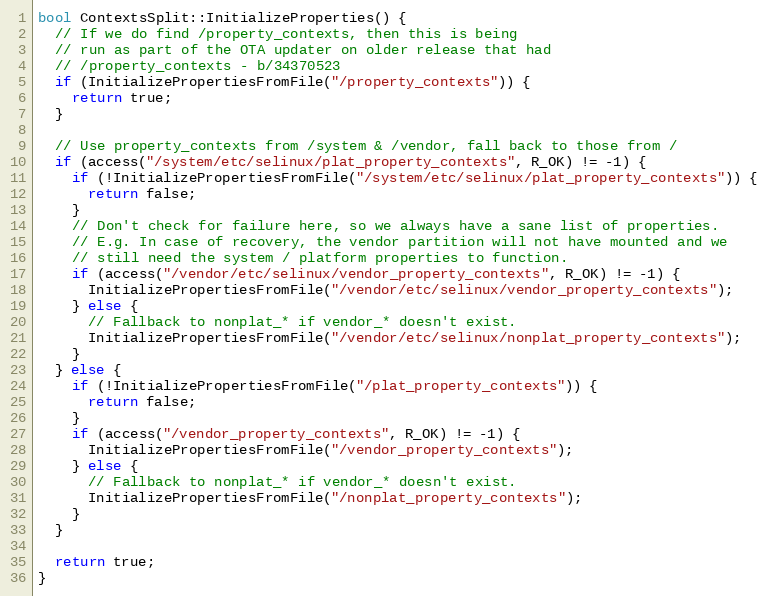
Language: C++
bool ContextsSplit::InitializeProperties() {
  // If we do find /property_contexts, then this is being
  // run as part of the OTA updater on older release that had
  // /property_contexts - b/34370523
  if (InitializePropertiesFromFile("/property_contexts")) {
    return true;
  }

  // Use property_contexts from /system & /vendor, fall back to those from /
  if (access("/system/etc/selinux/plat_property_contexts", R_OK) != -1) {
    if (!InitializePropertiesFromFile("/system/etc/selinux/plat_property_contexts")) {
      return false;
    }
    // Don't check for failure here, so we always have a sane list of properties.
    // E.g. In case of recovery, the vendor partition will not have mounted and we
    // still need the system / platform properties to function.
    if (access("/vendor/etc/selinux/vendor_property_contexts", R_OK) != -1) {
      InitializePropertiesFromFile("/vendor/etc/selinux/vendor_property_contexts");
    } else {
      // Fallback to nonplat_* if vendor_* doesn't exist.
      InitializePropertiesFromFile("/vendor/etc/selinux/nonplat_property_contexts");
    }
  } else {
    if (!InitializePropertiesFromFile("/plat_property_contexts")) {
      return false;
    }
    if (access("/vendor_property_contexts", R_OK) != -1) {
      InitializePropertiesFromFile("/vendor_property_contexts");
    } else {
      // Fallback to nonplat_* if vendor_* doesn't exist.
      InitializePropertiesFromFile("/nonplat_property_contexts");
    }
  }

  return true;
}